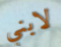
لابني